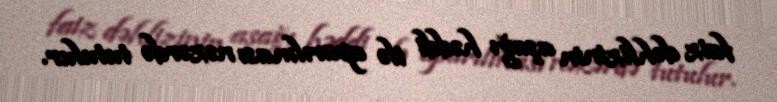
faiz dəhlizinin aşağı həddi ilə aparılması nəzərdə tutulur.